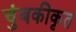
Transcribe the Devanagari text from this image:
चुंबकीकृत